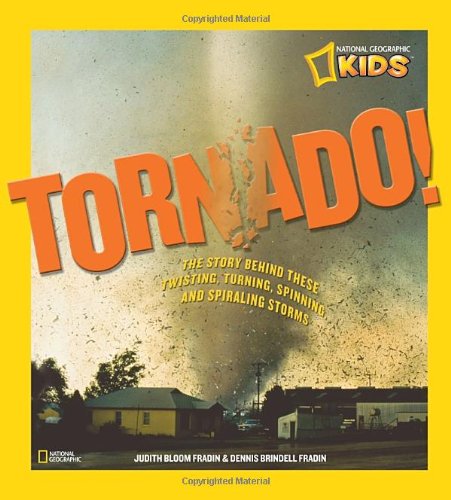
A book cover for Tornado!: The Story Behind These Twisting, Turning, Spinning, and Spiraling Storms (National Geographic Kids); Judy Fradin; Science & Math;